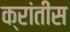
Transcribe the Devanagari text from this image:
क्रांतीस